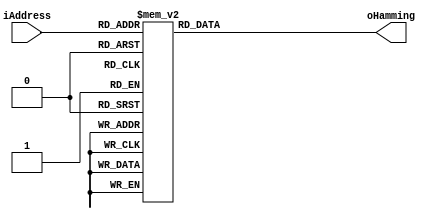
// Infer ROM storage for a hamming window
module hammingrom (
    input      [9:0]  iAddress,
    output reg [15:0] oHamming
);

always @ (iAddress)
begin
    case (iAddress)
        10'h00: oHamming = 16'h28f;
        10'h01: oHamming = 16'h28f;
        10'h02: oHamming = 16'h28f;
        10'h03: oHamming = 16'h28f;
        10'h04: oHamming = 16'h290;
        10'h05: oHamming = 16'h291;
        10'h06: oHamming = 16'h291;
        10'h07: oHamming = 16'h292;
        10'h08: oHamming = 16'h293;
        10'h09: oHamming = 16'h295;
        10'h0a: oHamming = 16'h296;
        10'h0b: oHamming = 16'h297;
        10'h0c: oHamming = 16'h299;
        10'h0d: oHamming = 16'h29b;
        10'h0e: oHamming = 16'h29d;
        10'h0f: oHamming = 16'h29f;
        10'h10: oHamming = 16'h2a1;
        10'h11: oHamming = 16'h2a3;
        10'h12: oHamming = 16'h2a6;
        10'h13: oHamming = 16'h2a8;
        10'h14: oHamming = 16'h2ab;
        10'h15: oHamming = 16'h2ae;
        10'h16: oHamming = 16'h2b1;
        10'h17: oHamming = 16'h2b4;
        10'h18: oHamming = 16'h2b8;
        10'h19: oHamming = 16'h2bb;
        10'h1a: oHamming = 16'h2bf;
        10'h1b: oHamming = 16'h2c3;
        10'h1c: oHamming = 16'h2c6;
        10'h1d: oHamming = 16'h2ca;
        10'h1e: oHamming = 16'h2cf;
        10'h1f: oHamming = 16'h2d3;
        10'h20: oHamming = 16'h2d7;
        10'h21: oHamming = 16'h2dc;
        10'h22: oHamming = 16'h2e1;
        10'h23: oHamming = 16'h2e6;
        10'h24: oHamming = 16'h2eb;
        10'h25: oHamming = 16'h2f0;
        10'h26: oHamming = 16'h2f5;
        10'h27: oHamming = 16'h2fa;
        10'h28: oHamming = 16'h300;
        10'h29: oHamming = 16'h306;
        10'h2a: oHamming = 16'h30c;
        10'h2b: oHamming = 16'h312;
        10'h2c: oHamming = 16'h318;
        10'h2d: oHamming = 16'h31e;
        10'h2e: oHamming = 16'h324;
        10'h2f: oHamming = 16'h32b;
        10'h30: oHamming = 16'h331;
        10'h31: oHamming = 16'h338;
        10'h32: oHamming = 16'h33f;
        10'h33: oHamming = 16'h346;
        10'h34: oHamming = 16'h34d;
        10'h35: oHamming = 16'h355;
        10'h36: oHamming = 16'h35c;
        10'h37: oHamming = 16'h364;
        10'h38: oHamming = 16'h36c;
        10'h39: oHamming = 16'h373;
        10'h3a: oHamming = 16'h37b;
        10'h3b: oHamming = 16'h384;
        10'h3c: oHamming = 16'h38c;
        10'h3d: oHamming = 16'h394;
        10'h3e: oHamming = 16'h39d;
        10'h3f: oHamming = 16'h3a5;
        10'h40: oHamming = 16'h3ae;
        10'h41: oHamming = 16'h3b7;
        10'h42: oHamming = 16'h3c0;
        10'h43: oHamming = 16'h3c9;
        10'h44: oHamming = 16'h3d3;
        10'h45: oHamming = 16'h3dc;
        10'h46: oHamming = 16'h3e6;
        10'h47: oHamming = 16'h3f0;
        10'h48: oHamming = 16'h3f9;
        10'h49: oHamming = 16'h403;
        10'h4a: oHamming = 16'h40d;
        10'h4b: oHamming = 16'h418;
        10'h4c: oHamming = 16'h422;
        10'h4d: oHamming = 16'h42c;
        10'h4e: oHamming = 16'h437;
        10'h4f: oHamming = 16'h442;
        10'h50: oHamming = 16'h44d;
        10'h51: oHamming = 16'h458;
        10'h52: oHamming = 16'h463;
        10'h53: oHamming = 16'h46e;
        10'h54: oHamming = 16'h479;
        10'h55: oHamming = 16'h485;
        10'h56: oHamming = 16'h490;
        10'h57: oHamming = 16'h49c;
        10'h58: oHamming = 16'h4a8;
        10'h59: oHamming = 16'h4b4;
        10'h5a: oHamming = 16'h4c0;
        10'h5b: oHamming = 16'h4cc;
        10'h5c: oHamming = 16'h4d9;
        10'h5d: oHamming = 16'h4e5;
        10'h5e: oHamming = 16'h4f2;
        10'h5f: oHamming = 16'h4fe;
        10'h60: oHamming = 16'h50b;
        10'h61: oHamming = 16'h518;
        10'h62: oHamming = 16'h525;
        10'h63: oHamming = 16'h532;
        10'h64: oHamming = 16'h540;
        10'h65: oHamming = 16'h54d;
        10'h66: oHamming = 16'h55a;
        10'h67: oHamming = 16'h568;
        10'h68: oHamming = 16'h576;
        10'h69: oHamming = 16'h584;
        10'h6a: oHamming = 16'h592;
        10'h6b: oHamming = 16'h5a0;
        10'h6c: oHamming = 16'h5ae;
        10'h6d: oHamming = 16'h5bc;
        10'h6e: oHamming = 16'h5cb;
        10'h6f: oHamming = 16'h5d9;
        10'h70: oHamming = 16'h5e8;
        10'h71: oHamming = 16'h5f7;
        10'h72: oHamming = 16'h605;
        10'h73: oHamming = 16'h614;
        10'h74: oHamming = 16'h623;
        10'h75: oHamming = 16'h633;
        10'h76: oHamming = 16'h642;
        10'h77: oHamming = 16'h651;
        10'h78: oHamming = 16'h661;
        10'h79: oHamming = 16'h670;
        10'h7a: oHamming = 16'h680;
        10'h7b: oHamming = 16'h690;
        10'h7c: oHamming = 16'h6a0;
        10'h7d: oHamming = 16'h6b0;
        10'h7e: oHamming = 16'h6c0;
        10'h7f: oHamming = 16'h6d0;
        10'h80: oHamming = 16'h6e1;
        10'h81: oHamming = 16'h6f1;
        10'h82: oHamming = 16'h702;
        10'h83: oHamming = 16'h712;
        10'h84: oHamming = 16'h723;
        10'h85: oHamming = 16'h734;
        10'h86: oHamming = 16'h745;
        10'h87: oHamming = 16'h756;
        10'h88: oHamming = 16'h767;
        10'h89: oHamming = 16'h778;
        10'h8a: oHamming = 16'h789;
        10'h8b: oHamming = 16'h79b;
        10'h8c: oHamming = 16'h7ac;
        10'h8d: oHamming = 16'h7be;
        10'h8e: oHamming = 16'h7cf;
        10'h8f: oHamming = 16'h7e1;
        10'h90: oHamming = 16'h7f3;
        10'h91: oHamming = 16'h805;
        10'h92: oHamming = 16'h817;
        10'h93: oHamming = 16'h829;
        10'h94: oHamming = 16'h83b;
        10'h95: oHamming = 16'h84e;
        10'h96: oHamming = 16'h860;
        10'h97: oHamming = 16'h873;
        10'h98: oHamming = 16'h885;
        10'h99: oHamming = 16'h898;
        10'h9a: oHamming = 16'h8ab;
        10'h9b: oHamming = 16'h8bd;
        10'h9c: oHamming = 16'h8d0;
        10'h9d: oHamming = 16'h8e3;
        10'h9e: oHamming = 16'h8f6;
        10'h9f: oHamming = 16'h909;
        10'ha0: oHamming = 16'h91d;
        10'ha1: oHamming = 16'h930;
        10'ha2: oHamming = 16'h943;
        10'ha3: oHamming = 16'h957;
        10'ha4: oHamming = 16'h96a;
        10'ha5: oHamming = 16'h97e;
        10'ha6: oHamming = 16'h992;
        10'ha7: oHamming = 16'h9a5;
        10'ha8: oHamming = 16'h9b9;
        10'ha9: oHamming = 16'h9cd;
        10'haa: oHamming = 16'h9e1;
        10'hab: oHamming = 16'h9f5;
        10'hac: oHamming = 16'ha09;
        10'had: oHamming = 16'ha1d;
        10'hae: oHamming = 16'ha32;
        10'haf: oHamming = 16'ha46;
        10'hb0: oHamming = 16'ha5a;
        10'hb1: oHamming = 16'ha6f;
        10'hb2: oHamming = 16'ha83;
        10'hb3: oHamming = 16'ha98;
        10'hb4: oHamming = 16'haad;
        10'hb5: oHamming = 16'hac1;
        10'hb6: oHamming = 16'had6;
        10'hb7: oHamming = 16'haeb;
        10'hb8: oHamming = 16'hb00;
        10'hb9: oHamming = 16'hb15;
        10'hba: oHamming = 16'hb2a;
        10'hbb: oHamming = 16'hb3f;
        10'hbc: oHamming = 16'hb54;
        10'hbd: oHamming = 16'hb69;
        10'hbe: oHamming = 16'hb7e;
        10'hbf: oHamming = 16'hb94;
        10'hc0: oHamming = 16'hba9;
        10'hc1: oHamming = 16'hbbf;
        10'hc2: oHamming = 16'hbd4;
        10'hc3: oHamming = 16'hbea;
        10'hc4: oHamming = 16'hbff;
        10'hc5: oHamming = 16'hc15;
        10'hc6: oHamming = 16'hc2a;
        10'hc7: oHamming = 16'hc40;
        10'hc8: oHamming = 16'hc56;
        10'hc9: oHamming = 16'hc6c;
        10'hca: oHamming = 16'hc82;
        10'hcb: oHamming = 16'hc98;
        10'hcc: oHamming = 16'hcae;
        10'hcd: oHamming = 16'hcc4;
        10'hce: oHamming = 16'hcda;
        10'hcf: oHamming = 16'hcf0;
        10'hd0: oHamming = 16'hd06;
        10'hd1: oHamming = 16'hd1c;
        10'hd2: oHamming = 16'hd32;
        10'hd3: oHamming = 16'hd48;
        10'hd4: oHamming = 16'hd5f;
        10'hd5: oHamming = 16'hd75;
        10'hd6: oHamming = 16'hd8b;
        10'hd7: oHamming = 16'hda2;
        10'hd8: oHamming = 16'hdb8;
        10'hd9: oHamming = 16'hdcf;
        10'hda: oHamming = 16'hde5;
        10'hdb: oHamming = 16'hdfc;
        10'hdc: oHamming = 16'he12;
        10'hdd: oHamming = 16'he29;
        10'hde: oHamming = 16'he40;
        10'hdf: oHamming = 16'he56;
        10'he0: oHamming = 16'he6d;
        10'he1: oHamming = 16'he84;
        10'he2: oHamming = 16'he9a;
        10'he3: oHamming = 16'heb1;
        10'he4: oHamming = 16'hec8;
        10'he5: oHamming = 16'hedf;
        10'he6: oHamming = 16'hef6;
        10'he7: oHamming = 16'hf0d;
        10'he8: oHamming = 16'hf23;
        10'he9: oHamming = 16'hf3a;
        10'hea: oHamming = 16'hf51;
        10'heb: oHamming = 16'hf68;
        10'hec: oHamming = 16'hf7f;
        10'hed: oHamming = 16'hf96;
        10'hee: oHamming = 16'hfad;
        10'hef: oHamming = 16'hfc4;
        10'hf0: oHamming = 16'hfdb;
        10'hf1: oHamming = 16'hff2;
        10'hf2: oHamming = 16'h1009;
        10'hf3: oHamming = 16'h1020;
        10'hf4: oHamming = 16'h1037;
        10'hf5: oHamming = 16'h104f;
        10'hf6: oHamming = 16'h1066;
        10'hf7: oHamming = 16'h107d;
        10'hf8: oHamming = 16'h1094;
        10'hf9: oHamming = 16'h10ab;
        10'hfa: oHamming = 16'h10c2;
        10'hfb: oHamming = 16'h10d9;
        10'hfc: oHamming = 16'h10f0;
        10'hfd: oHamming = 16'h1108;
        10'hfe: oHamming = 16'h111f;
        10'hff: oHamming = 16'h1136;
        10'h100: oHamming = 16'h114d;
        10'h101: oHamming = 16'h1164;
        10'h102: oHamming = 16'h117b;
        10'h103: oHamming = 16'h1192;
        10'h104: oHamming = 16'h11aa;
        10'h105: oHamming = 16'h11c1;
        10'h106: oHamming = 16'h11d8;
        10'h107: oHamming = 16'h11ef;
        10'h108: oHamming = 16'h1206;
        10'h109: oHamming = 16'h121d;
        10'h10a: oHamming = 16'h1234;
        10'h10b: oHamming = 16'h124b;
        10'h10c: oHamming = 16'h1262;
        10'h10d: oHamming = 16'h127a;
        10'h10e: oHamming = 16'h1291;
        10'h10f: oHamming = 16'h12a8;
        10'h110: oHamming = 16'h12bf;
        10'h111: oHamming = 16'h12d6;
        10'h112: oHamming = 16'h12ed;
        10'h113: oHamming = 16'h1304;
        10'h114: oHamming = 16'h131b;
        10'h115: oHamming = 16'h1332;
        10'h116: oHamming = 16'h1349;
        10'h117: oHamming = 16'h135f;
        10'h118: oHamming = 16'h1376;
        10'h119: oHamming = 16'h138d;
        10'h11a: oHamming = 16'h13a4;
        10'h11b: oHamming = 16'h13bb;
        10'h11c: oHamming = 16'h13d2;
        10'h11d: oHamming = 16'h13e9;
        10'h11e: oHamming = 16'h13ff;
        10'h11f: oHamming = 16'h1416;
        10'h120: oHamming = 16'h142d;
        10'h121: oHamming = 16'h1443;
        10'h122: oHamming = 16'h145a;
        10'h123: oHamming = 16'h1471;
        10'h124: oHamming = 16'h1487;
        10'h125: oHamming = 16'h149e;
        10'h126: oHamming = 16'h14b4;
        10'h127: oHamming = 16'h14cb;
        10'h128: oHamming = 16'h14e1;
        10'h129: oHamming = 16'h14f8;
        10'h12a: oHamming = 16'h150e;
        10'h12b: oHamming = 16'h1524;
        10'h12c: oHamming = 16'h153b;
        10'h12d: oHamming = 16'h1551;
        10'h12e: oHamming = 16'h1567;
        10'h12f: oHamming = 16'h157d;
        10'h130: oHamming = 16'h1594;
        10'h131: oHamming = 16'h15aa;
        10'h132: oHamming = 16'h15c0;
        10'h133: oHamming = 16'h15d6;
        10'h134: oHamming = 16'h15ec;
        10'h135: oHamming = 16'h1602;
        10'h136: oHamming = 16'h1618;
        10'h137: oHamming = 16'h162e;
        10'h138: oHamming = 16'h1643;
        10'h139: oHamming = 16'h1659;
        10'h13a: oHamming = 16'h166f;
        10'h13b: oHamming = 16'h1684;
        10'h13c: oHamming = 16'h169a;
        10'h13d: oHamming = 16'h16b0;
        10'h13e: oHamming = 16'h16c5;
        10'h13f: oHamming = 16'h16db;
        10'h140: oHamming = 16'h16f0;
        10'h141: oHamming = 16'h1705;
        10'h142: oHamming = 16'h171b;
        10'h143: oHamming = 16'h1730;
        10'h144: oHamming = 16'h1745;
        10'h145: oHamming = 16'h175a;
        10'h146: oHamming = 16'h176f;
        10'h147: oHamming = 16'h1784;
        10'h148: oHamming = 16'h1799;
        10'h149: oHamming = 16'h17ae;
        10'h14a: oHamming = 16'h17c3;
        10'h14b: oHamming = 16'h17d7;
        10'h14c: oHamming = 16'h17ec;
        10'h14d: oHamming = 16'h1801;
        10'h14e: oHamming = 16'h1815;
        10'h14f: oHamming = 16'h182a;
        10'h150: oHamming = 16'h183e;
        10'h151: oHamming = 16'h1853;
        10'h152: oHamming = 16'h1867;
        10'h153: oHamming = 16'h187b;
        10'h154: oHamming = 16'h188f;
        10'h155: oHamming = 16'h18a3;
        10'h156: oHamming = 16'h18b7;
        10'h157: oHamming = 16'h18cb;
        10'h158: oHamming = 16'h18df;
        10'h159: oHamming = 16'h18f3;
        10'h15a: oHamming = 16'h1907;
        10'h15b: oHamming = 16'h191a;
        10'h15c: oHamming = 16'h192e;
        10'h15d: oHamming = 16'h1941;
        10'h15e: oHamming = 16'h1955;
        10'h15f: oHamming = 16'h1968;
        10'h160: oHamming = 16'h197b;
        10'h161: oHamming = 16'h198f;
        10'h162: oHamming = 16'h19a2;
        10'h163: oHamming = 16'h19b5;
        10'h164: oHamming = 16'h19c8;
        10'h165: oHamming = 16'h19da;
        10'h166: oHamming = 16'h19ed;
        10'h167: oHamming = 16'h1a00;
        10'h168: oHamming = 16'h1a12;
        10'h169: oHamming = 16'h1a25;
        10'h16a: oHamming = 16'h1a37;
        10'h16b: oHamming = 16'h1a4a;
        10'h16c: oHamming = 16'h1a5c;
        10'h16d: oHamming = 16'h1a6e;
        10'h16e: oHamming = 16'h1a80;
        10'h16f: oHamming = 16'h1a92;
        10'h170: oHamming = 16'h1aa4;
        10'h171: oHamming = 16'h1ab6;
        10'h172: oHamming = 16'h1ac8;
        10'h173: oHamming = 16'h1ad9;
        10'h174: oHamming = 16'h1aeb;
        10'h175: oHamming = 16'h1afc;
        10'h176: oHamming = 16'h1b0e;
        10'h177: oHamming = 16'h1b1f;
        10'h178: oHamming = 16'h1b30;
        10'h179: oHamming = 16'h1b41;
        10'h17a: oHamming = 16'h1b52;
        10'h17b: oHamming = 16'h1b63;
        10'h17c: oHamming = 16'h1b74;
        10'h17d: oHamming = 16'h1b84;
        10'h17e: oHamming = 16'h1b95;
        10'h17f: oHamming = 16'h1ba6;
        10'h180: oHamming = 16'h1bb6;
        10'h181: oHamming = 16'h1bc6;
        10'h182: oHamming = 16'h1bd6;
        10'h183: oHamming = 16'h1be6;
        10'h184: oHamming = 16'h1bf6;
        10'h185: oHamming = 16'h1c06;
        10'h186: oHamming = 16'h1c16;
        10'h187: oHamming = 16'h1c26;
        10'h188: oHamming = 16'h1c35;
        10'h189: oHamming = 16'h1c45;
        10'h18a: oHamming = 16'h1c54;
        10'h18b: oHamming = 16'h1c63;
        10'h18c: oHamming = 16'h1c72;
        10'h18d: oHamming = 16'h1c81;
        10'h18e: oHamming = 16'h1c90;
        10'h18f: oHamming = 16'h1c9f;
        10'h190: oHamming = 16'h1cae;
        10'h191: oHamming = 16'h1cbc;
        10'h192: oHamming = 16'h1ccb;
        10'h193: oHamming = 16'h1cd9;
        10'h194: oHamming = 16'h1ce8;
        10'h195: oHamming = 16'h1cf6;
        10'h196: oHamming = 16'h1d04;
        10'h197: oHamming = 16'h1d12;
        10'h198: oHamming = 16'h1d1f;
        10'h199: oHamming = 16'h1d2d;
        10'h19a: oHamming = 16'h1d3b;
        10'h19b: oHamming = 16'h1d48;
        10'h19c: oHamming = 16'h1d55;
        10'h19d: oHamming = 16'h1d63;
        10'h19e: oHamming = 16'h1d70;
        10'h19f: oHamming = 16'h1d7d;
        10'h1a0: oHamming = 16'h1d8a;
        10'h1a1: oHamming = 16'h1d96;
        10'h1a2: oHamming = 16'h1da3;
        10'h1a3: oHamming = 16'h1db0;
        10'h1a4: oHamming = 16'h1dbc;
        10'h1a5: oHamming = 16'h1dc8;
        10'h1a6: oHamming = 16'h1dd4;
        10'h1a7: oHamming = 16'h1de0;
        10'h1a8: oHamming = 16'h1dec;
        10'h1a9: oHamming = 16'h1df8;
        10'h1aa: oHamming = 16'h1e04;
        10'h1ab: oHamming = 16'h1e0f;
        10'h1ac: oHamming = 16'h1e1b;
        10'h1ad: oHamming = 16'h1e26;
        10'h1ae: oHamming = 16'h1e31;
        10'h1af: oHamming = 16'h1e3c;
        10'h1b0: oHamming = 16'h1e47;
        10'h1b1: oHamming = 16'h1e52;
        10'h1b2: oHamming = 16'h1e5d;
        10'h1b3: oHamming = 16'h1e67;
        10'h1b4: oHamming = 16'h1e72;
        10'h1b5: oHamming = 16'h1e7c;
        10'h1b6: oHamming = 16'h1e86;
        10'h1b7: oHamming = 16'h1e90;
        10'h1b8: oHamming = 16'h1e9a;
        10'h1b9: oHamming = 16'h1ea4;
        10'h1ba: oHamming = 16'h1ead;
        10'h1bb: oHamming = 16'h1eb7;
        10'h1bc: oHamming = 16'h1ec0;
        10'h1bd: oHamming = 16'h1eca;
        10'h1be: oHamming = 16'h1ed3;
        10'h1bf: oHamming = 16'h1edc;
        10'h1c0: oHamming = 16'h1ee5;
        10'h1c1: oHamming = 16'h1eed;
        10'h1c2: oHamming = 16'h1ef6;
        10'h1c3: oHamming = 16'h1efe;
        10'h1c4: oHamming = 16'h1f07;
        10'h1c5: oHamming = 16'h1f0f;
        10'h1c6: oHamming = 16'h1f17;
        10'h1c7: oHamming = 16'h1f1f;
        10'h1c8: oHamming = 16'h1f27;
        10'h1c9: oHamming = 16'h1f2e;
        10'h1ca: oHamming = 16'h1f36;
        10'h1cb: oHamming = 16'h1f3d;
        10'h1cc: oHamming = 16'h1f45;
        10'h1cd: oHamming = 16'h1f4c;
        10'h1ce: oHamming = 16'h1f53;
        10'h1cf: oHamming = 16'h1f5a;
        10'h1d0: oHamming = 16'h1f60;
        10'h1d1: oHamming = 16'h1f67;
        10'h1d2: oHamming = 16'h1f6d;
        10'h1d3: oHamming = 16'h1f74;
        10'h1d4: oHamming = 16'h1f7a;
        10'h1d5: oHamming = 16'h1f80;
        10'h1d6: oHamming = 16'h1f86;
        10'h1d7: oHamming = 16'h1f8c;
        10'h1d8: oHamming = 16'h1f91;
        10'h1d9: oHamming = 16'h1f97;
        10'h1da: oHamming = 16'h1f9c;
        10'h1db: oHamming = 16'h1fa1;
        10'h1dc: oHamming = 16'h1fa6;
        10'h1dd: oHamming = 16'h1fab;
        10'h1de: oHamming = 16'h1fb0;
        10'h1df: oHamming = 16'h1fb5;
        10'h1e0: oHamming = 16'h1fb9;
        10'h1e1: oHamming = 16'h1fbe;
        10'h1e2: oHamming = 16'h1fc2;
        10'h1e3: oHamming = 16'h1fc6;
        10'h1e4: oHamming = 16'h1fca;
        10'h1e5: oHamming = 16'h1fce;
        10'h1e6: oHamming = 16'h1fd1;
        10'h1e7: oHamming = 16'h1fd5;
        10'h1e8: oHamming = 16'h1fd8;
        10'h1e9: oHamming = 16'h1fdc;
        10'h1ea: oHamming = 16'h1fdf;
        10'h1eb: oHamming = 16'h1fe2;
        10'h1ec: oHamming = 16'h1fe5;
        10'h1ed: oHamming = 16'h1fe7;
        10'h1ee: oHamming = 16'h1fea;
        10'h1ef: oHamming = 16'h1fec;
        10'h1f0: oHamming = 16'h1fee;
        10'h1f1: oHamming = 16'h1ff1;
        10'h1f2: oHamming = 16'h1ff3;
        10'h1f3: oHamming = 16'h1ff4;
        10'h1f4: oHamming = 16'h1ff6;
        10'h1f5: oHamming = 16'h1ff8;
        10'h1f6: oHamming = 16'h1ff9;
        10'h1f7: oHamming = 16'h1ffa;
        10'h1f8: oHamming = 16'h1ffc;
        10'h1f9: oHamming = 16'h1ffc;
        10'h1fa: oHamming = 16'h1ffd;
        10'h1fb: oHamming = 16'h1ffe;
        10'h1fc: oHamming = 16'h1fff;
        10'h1fd: oHamming = 16'h1fff;
        10'h1fe: oHamming = 16'h1fff;
        10'h1ff: oHamming = 16'h1fff;
        10'h200: oHamming = 16'h1fff;
        10'h201: oHamming = 16'h1fff;
        10'h202: oHamming = 16'h1fff;
        10'h203: oHamming = 16'h1fff;
        10'h204: oHamming = 16'h1ffe;
        10'h205: oHamming = 16'h1ffd;
        10'h206: oHamming = 16'h1ffc;
        10'h207: oHamming = 16'h1ffc;
        10'h208: oHamming = 16'h1ffa;
        10'h209: oHamming = 16'h1ff9;
        10'h20a: oHamming = 16'h1ff8;
        10'h20b: oHamming = 16'h1ff6;
        10'h20c: oHamming = 16'h1ff4;
        10'h20d: oHamming = 16'h1ff3;
        10'h20e: oHamming = 16'h1ff1;
        10'h20f: oHamming = 16'h1fee;
        10'h210: oHamming = 16'h1fec;
        10'h211: oHamming = 16'h1fea;
        10'h212: oHamming = 16'h1fe7;
        10'h213: oHamming = 16'h1fe5;
        10'h214: oHamming = 16'h1fe2;
        10'h215: oHamming = 16'h1fdf;
        10'h216: oHamming = 16'h1fdc;
        10'h217: oHamming = 16'h1fd8;
        10'h218: oHamming = 16'h1fd5;
        10'h219: oHamming = 16'h1fd1;
        10'h21a: oHamming = 16'h1fce;
        10'h21b: oHamming = 16'h1fca;
        10'h21c: oHamming = 16'h1fc6;
        10'h21d: oHamming = 16'h1fc2;
        10'h21e: oHamming = 16'h1fbe;
        10'h21f: oHamming = 16'h1fb9;
        10'h220: oHamming = 16'h1fb5;
        10'h221: oHamming = 16'h1fb0;
        10'h222: oHamming = 16'h1fab;
        10'h223: oHamming = 16'h1fa6;
        10'h224: oHamming = 16'h1fa1;
        10'h225: oHamming = 16'h1f9c;
        10'h226: oHamming = 16'h1f97;
        10'h227: oHamming = 16'h1f91;
        10'h228: oHamming = 16'h1f8c;
        10'h229: oHamming = 16'h1f86;
        10'h22a: oHamming = 16'h1f80;
        10'h22b: oHamming = 16'h1f7a;
        10'h22c: oHamming = 16'h1f74;
        10'h22d: oHamming = 16'h1f6d;
        10'h22e: oHamming = 16'h1f67;
        10'h22f: oHamming = 16'h1f60;
        10'h230: oHamming = 16'h1f5a;
        10'h231: oHamming = 16'h1f53;
        10'h232: oHamming = 16'h1f4c;
        10'h233: oHamming = 16'h1f45;
        10'h234: oHamming = 16'h1f3d;
        10'h235: oHamming = 16'h1f36;
        10'h236: oHamming = 16'h1f2e;
        10'h237: oHamming = 16'h1f27;
        10'h238: oHamming = 16'h1f1f;
        10'h239: oHamming = 16'h1f17;
        10'h23a: oHamming = 16'h1f0f;
        10'h23b: oHamming = 16'h1f07;
        10'h23c: oHamming = 16'h1efe;
        10'h23d: oHamming = 16'h1ef6;
        10'h23e: oHamming = 16'h1eed;
        10'h23f: oHamming = 16'h1ee5;
        10'h240: oHamming = 16'h1edc;
        10'h241: oHamming = 16'h1ed3;
        10'h242: oHamming = 16'h1eca;
        10'h243: oHamming = 16'h1ec0;
        10'h244: oHamming = 16'h1eb7;
        10'h245: oHamming = 16'h1ead;
        10'h246: oHamming = 16'h1ea4;
        10'h247: oHamming = 16'h1e9a;
        10'h248: oHamming = 16'h1e90;
        10'h249: oHamming = 16'h1e86;
        10'h24a: oHamming = 16'h1e7c;
        10'h24b: oHamming = 16'h1e72;
        10'h24c: oHamming = 16'h1e67;
        10'h24d: oHamming = 16'h1e5d;
        10'h24e: oHamming = 16'h1e52;
        10'h24f: oHamming = 16'h1e47;
        10'h250: oHamming = 16'h1e3c;
        10'h251: oHamming = 16'h1e31;
        10'h252: oHamming = 16'h1e26;
        10'h253: oHamming = 16'h1e1b;
        10'h254: oHamming = 16'h1e0f;
        10'h255: oHamming = 16'h1e04;
        10'h256: oHamming = 16'h1df8;
        10'h257: oHamming = 16'h1dec;
        10'h258: oHamming = 16'h1de0;
        10'h259: oHamming = 16'h1dd4;
        10'h25a: oHamming = 16'h1dc8;
        10'h25b: oHamming = 16'h1dbc;
        10'h25c: oHamming = 16'h1db0;
        10'h25d: oHamming = 16'h1da3;
        10'h25e: oHamming = 16'h1d96;
        10'h25f: oHamming = 16'h1d8a;
        10'h260: oHamming = 16'h1d7d;
        10'h261: oHamming = 16'h1d70;
        10'h262: oHamming = 16'h1d63;
        10'h263: oHamming = 16'h1d55;
        10'h264: oHamming = 16'h1d48;
        10'h265: oHamming = 16'h1d3b;
        10'h266: oHamming = 16'h1d2d;
        10'h267: oHamming = 16'h1d1f;
        10'h268: oHamming = 16'h1d12;
        10'h269: oHamming = 16'h1d04;
        10'h26a: oHamming = 16'h1cf6;
        10'h26b: oHamming = 16'h1ce8;
        10'h26c: oHamming = 16'h1cd9;
        10'h26d: oHamming = 16'h1ccb;
        10'h26e: oHamming = 16'h1cbc;
        10'h26f: oHamming = 16'h1cae;
        10'h270: oHamming = 16'h1c9f;
        10'h271: oHamming = 16'h1c90;
        10'h272: oHamming = 16'h1c81;
        10'h273: oHamming = 16'h1c72;
        10'h274: oHamming = 16'h1c63;
        10'h275: oHamming = 16'h1c54;
        10'h276: oHamming = 16'h1c45;
        10'h277: oHamming = 16'h1c35;
        10'h278: oHamming = 16'h1c26;
        10'h279: oHamming = 16'h1c16;
        10'h27a: oHamming = 16'h1c06;
        10'h27b: oHamming = 16'h1bf6;
        10'h27c: oHamming = 16'h1be6;
        10'h27d: oHamming = 16'h1bd6;
        10'h27e: oHamming = 16'h1bc6;
        10'h27f: oHamming = 16'h1bb6;
        10'h280: oHamming = 16'h1ba6;
        10'h281: oHamming = 16'h1b95;
        10'h282: oHamming = 16'h1b84;
        10'h283: oHamming = 16'h1b74;
        10'h284: oHamming = 16'h1b63;
        10'h285: oHamming = 16'h1b52;
        10'h286: oHamming = 16'h1b41;
        10'h287: oHamming = 16'h1b30;
        10'h288: oHamming = 16'h1b1f;
        10'h289: oHamming = 16'h1b0e;
        10'h28a: oHamming = 16'h1afc;
        10'h28b: oHamming = 16'h1aeb;
        10'h28c: oHamming = 16'h1ad9;
        10'h28d: oHamming = 16'h1ac8;
        10'h28e: oHamming = 16'h1ab6;
        10'h28f: oHamming = 16'h1aa4;
        10'h290: oHamming = 16'h1a92;
        10'h291: oHamming = 16'h1a80;
        10'h292: oHamming = 16'h1a6e;
        10'h293: oHamming = 16'h1a5c;
        10'h294: oHamming = 16'h1a4a;
        10'h295: oHamming = 16'h1a37;
        10'h296: oHamming = 16'h1a25;
        10'h297: oHamming = 16'h1a12;
        10'h298: oHamming = 16'h1a00;
        10'h299: oHamming = 16'h19ed;
        10'h29a: oHamming = 16'h19da;
        10'h29b: oHamming = 16'h19c8;
        10'h29c: oHamming = 16'h19b5;
        10'h29d: oHamming = 16'h19a2;
        10'h29e: oHamming = 16'h198f;
        10'h29f: oHamming = 16'h197b;
        10'h2a0: oHamming = 16'h1968;
        10'h2a1: oHamming = 16'h1955;
        10'h2a2: oHamming = 16'h1941;
        10'h2a3: oHamming = 16'h192e;
        10'h2a4: oHamming = 16'h191a;
        10'h2a5: oHamming = 16'h1907;
        10'h2a6: oHamming = 16'h18f3;
        10'h2a7: oHamming = 16'h18df;
        10'h2a8: oHamming = 16'h18cb;
        10'h2a9: oHamming = 16'h18b7;
        10'h2aa: oHamming = 16'h18a3;
        10'h2ab: oHamming = 16'h188f;
        10'h2ac: oHamming = 16'h187b;
        10'h2ad: oHamming = 16'h1867;
        10'h2ae: oHamming = 16'h1853;
        10'h2af: oHamming = 16'h183e;
        10'h2b0: oHamming = 16'h182a;
        10'h2b1: oHamming = 16'h1815;
        10'h2b2: oHamming = 16'h1801;
        10'h2b3: oHamming = 16'h17ec;
        10'h2b4: oHamming = 16'h17d7;
        10'h2b5: oHamming = 16'h17c3;
        10'h2b6: oHamming = 16'h17ae;
        10'h2b7: oHamming = 16'h1799;
        10'h2b8: oHamming = 16'h1784;
        10'h2b9: oHamming = 16'h176f;
        10'h2ba: oHamming = 16'h175a;
        10'h2bb: oHamming = 16'h1745;
        10'h2bc: oHamming = 16'h1730;
        10'h2bd: oHamming = 16'h171b;
        10'h2be: oHamming = 16'h1705;
        10'h2bf: oHamming = 16'h16f0;
        10'h2c0: oHamming = 16'h16db;
        10'h2c1: oHamming = 16'h16c5;
        10'h2c2: oHamming = 16'h16b0;
        10'h2c3: oHamming = 16'h169a;
        10'h2c4: oHamming = 16'h1684;
        10'h2c5: oHamming = 16'h166f;
        10'h2c6: oHamming = 16'h1659;
        10'h2c7: oHamming = 16'h1643;
        10'h2c8: oHamming = 16'h162e;
        10'h2c9: oHamming = 16'h1618;
        10'h2ca: oHamming = 16'h1602;
        10'h2cb: oHamming = 16'h15ec;
        10'h2cc: oHamming = 16'h15d6;
        10'h2cd: oHamming = 16'h15c0;
        10'h2ce: oHamming = 16'h15aa;
        10'h2cf: oHamming = 16'h1594;
        10'h2d0: oHamming = 16'h157d;
        10'h2d1: oHamming = 16'h1567;
        10'h2d2: oHamming = 16'h1551;
        10'h2d3: oHamming = 16'h153b;
        10'h2d4: oHamming = 16'h1524;
        10'h2d5: oHamming = 16'h150e;
        10'h2d6: oHamming = 16'h14f8;
        10'h2d7: oHamming = 16'h14e1;
        10'h2d8: oHamming = 16'h14cb;
        10'h2d9: oHamming = 16'h14b4;
        10'h2da: oHamming = 16'h149e;
        10'h2db: oHamming = 16'h1487;
        10'h2dc: oHamming = 16'h1471;
        10'h2dd: oHamming = 16'h145a;
        10'h2de: oHamming = 16'h1443;
        10'h2df: oHamming = 16'h142d;
        10'h2e0: oHamming = 16'h1416;
        10'h2e1: oHamming = 16'h13ff;
        10'h2e2: oHamming = 16'h13e9;
        10'h2e3: oHamming = 16'h13d2;
        10'h2e4: oHamming = 16'h13bb;
        10'h2e5: oHamming = 16'h13a4;
        10'h2e6: oHamming = 16'h138d;
        10'h2e7: oHamming = 16'h1376;
        10'h2e8: oHamming = 16'h135f;
        10'h2e9: oHamming = 16'h1349;
        10'h2ea: oHamming = 16'h1332;
        10'h2eb: oHamming = 16'h131b;
        10'h2ec: oHamming = 16'h1304;
        10'h2ed: oHamming = 16'h12ed;
        10'h2ee: oHamming = 16'h12d6;
        10'h2ef: oHamming = 16'h12bf;
        10'h2f0: oHamming = 16'h12a8;
        10'h2f1: oHamming = 16'h1291;
        10'h2f2: oHamming = 16'h127a;
        10'h2f3: oHamming = 16'h1262;
        10'h2f4: oHamming = 16'h124b;
        10'h2f5: oHamming = 16'h1234;
        10'h2f6: oHamming = 16'h121d;
        10'h2f7: oHamming = 16'h1206;
        10'h2f8: oHamming = 16'h11ef;
        10'h2f9: oHamming = 16'h11d8;
        10'h2fa: oHamming = 16'h11c1;
        10'h2fb: oHamming = 16'h11aa;
        10'h2fc: oHamming = 16'h1192;
        10'h2fd: oHamming = 16'h117b;
        10'h2fe: oHamming = 16'h1164;
        10'h2ff: oHamming = 16'h114d;
        10'h300: oHamming = 16'h1136;
        10'h301: oHamming = 16'h111f;
        10'h302: oHamming = 16'h1108;
        10'h303: oHamming = 16'h10f0;
        10'h304: oHamming = 16'h10d9;
        10'h305: oHamming = 16'h10c2;
        10'h306: oHamming = 16'h10ab;
        10'h307: oHamming = 16'h1094;
        10'h308: oHamming = 16'h107d;
        10'h309: oHamming = 16'h1066;
        10'h30a: oHamming = 16'h104f;
        10'h30b: oHamming = 16'h1037;
        10'h30c: oHamming = 16'h1020;
        10'h30d: oHamming = 16'h1009;
        10'h30e: oHamming = 16'hff2;
        10'h30f: oHamming = 16'hfdb;
        10'h310: oHamming = 16'hfc4;
        10'h311: oHamming = 16'hfad;
        10'h312: oHamming = 16'hf96;
        10'h313: oHamming = 16'hf7f;
        10'h314: oHamming = 16'hf68;
        10'h315: oHamming = 16'hf51;
        10'h316: oHamming = 16'hf3a;
        10'h317: oHamming = 16'hf23;
        10'h318: oHamming = 16'hf0d;
        10'h319: oHamming = 16'hef6;
        10'h31a: oHamming = 16'hedf;
        10'h31b: oHamming = 16'hec8;
        10'h31c: oHamming = 16'heb1;
        10'h31d: oHamming = 16'he9a;
        10'h31e: oHamming = 16'he84;
        10'h31f: oHamming = 16'he6d;
        10'h320: oHamming = 16'he56;
        10'h321: oHamming = 16'he40;
        10'h322: oHamming = 16'he29;
        10'h323: oHamming = 16'he12;
        10'h324: oHamming = 16'hdfc;
        10'h325: oHamming = 16'hde5;
        10'h326: oHamming = 16'hdcf;
        10'h327: oHamming = 16'hdb8;
        10'h328: oHamming = 16'hda2;
        10'h329: oHamming = 16'hd8b;
        10'h32a: oHamming = 16'hd75;
        10'h32b: oHamming = 16'hd5f;
        10'h32c: oHamming = 16'hd48;
        10'h32d: oHamming = 16'hd32;
        10'h32e: oHamming = 16'hd1c;
        10'h32f: oHamming = 16'hd06;
        10'h330: oHamming = 16'hcf0;
        10'h331: oHamming = 16'hcda;
        10'h332: oHamming = 16'hcc4;
        10'h333: oHamming = 16'hcae;
        10'h334: oHamming = 16'hc98;
        10'h335: oHamming = 16'hc82;
        10'h336: oHamming = 16'hc6c;
        10'h337: oHamming = 16'hc56;
        10'h338: oHamming = 16'hc40;
        10'h339: oHamming = 16'hc2a;
        10'h33a: oHamming = 16'hc15;
        10'h33b: oHamming = 16'hbff;
        10'h33c: oHamming = 16'hbea;
        10'h33d: oHamming = 16'hbd4;
        10'h33e: oHamming = 16'hbbf;
        10'h33f: oHamming = 16'hba9;
        10'h340: oHamming = 16'hb94;
        10'h341: oHamming = 16'hb7e;
        10'h342: oHamming = 16'hb69;
        10'h343: oHamming = 16'hb54;
        10'h344: oHamming = 16'hb3f;
        10'h345: oHamming = 16'hb2a;
        10'h346: oHamming = 16'hb15;
        10'h347: oHamming = 16'hb00;
        10'h348: oHamming = 16'haeb;
        10'h349: oHamming = 16'had6;
        10'h34a: oHamming = 16'hac1;
        10'h34b: oHamming = 16'haad;
        10'h34c: oHamming = 16'ha98;
        10'h34d: oHamming = 16'ha83;
        10'h34e: oHamming = 16'ha6f;
        10'h34f: oHamming = 16'ha5a;
        10'h350: oHamming = 16'ha46;
        10'h351: oHamming = 16'ha32;
        10'h352: oHamming = 16'ha1d;
        10'h353: oHamming = 16'ha09;
        10'h354: oHamming = 16'h9f5;
        10'h355: oHamming = 16'h9e1;
        10'h356: oHamming = 16'h9cd;
        10'h357: oHamming = 16'h9b9;
        10'h358: oHamming = 16'h9a5;
        10'h359: oHamming = 16'h992;
        10'h35a: oHamming = 16'h97e;
        10'h35b: oHamming = 16'h96a;
        10'h35c: oHamming = 16'h957;
        10'h35d: oHamming = 16'h943;
        10'h35e: oHamming = 16'h930;
        10'h35f: oHamming = 16'h91d;
        10'h360: oHamming = 16'h909;
        10'h361: oHamming = 16'h8f6;
        10'h362: oHamming = 16'h8e3;
        10'h363: oHamming = 16'h8d0;
        10'h364: oHamming = 16'h8bd;
        10'h365: oHamming = 16'h8ab;
        10'h366: oHamming = 16'h898;
        10'h367: oHamming = 16'h885;
        10'h368: oHamming = 16'h873;
        10'h369: oHamming = 16'h860;
        10'h36a: oHamming = 16'h84e;
        10'h36b: oHamming = 16'h83b;
        10'h36c: oHamming = 16'h829;
        10'h36d: oHamming = 16'h817;
        10'h36e: oHamming = 16'h805;
        10'h36f: oHamming = 16'h7f3;
        10'h370: oHamming = 16'h7e1;
        10'h371: oHamming = 16'h7cf;
        10'h372: oHamming = 16'h7be;
        10'h373: oHamming = 16'h7ac;
        10'h374: oHamming = 16'h79b;
        10'h375: oHamming = 16'h789;
        10'h376: oHamming = 16'h778;
        10'h377: oHamming = 16'h767;
        10'h378: oHamming = 16'h756;
        10'h379: oHamming = 16'h745;
        10'h37a: oHamming = 16'h734;
        10'h37b: oHamming = 16'h723;
        10'h37c: oHamming = 16'h712;
        10'h37d: oHamming = 16'h702;
        10'h37e: oHamming = 16'h6f1;
        10'h37f: oHamming = 16'h6e1;
        10'h380: oHamming = 16'h6d0;
        10'h381: oHamming = 16'h6c0;
        10'h382: oHamming = 16'h6b0;
        10'h383: oHamming = 16'h6a0;
        10'h384: oHamming = 16'h690;
        10'h385: oHamming = 16'h680;
        10'h386: oHamming = 16'h670;
        10'h387: oHamming = 16'h661;
        10'h388: oHamming = 16'h651;
        10'h389: oHamming = 16'h642;
        10'h38a: oHamming = 16'h633;
        10'h38b: oHamming = 16'h623;
        10'h38c: oHamming = 16'h614;
        10'h38d: oHamming = 16'h605;
        10'h38e: oHamming = 16'h5f7;
        10'h38f: oHamming = 16'h5e8;
        10'h390: oHamming = 16'h5d9;
        10'h391: oHamming = 16'h5cb;
        10'h392: oHamming = 16'h5bc;
        10'h393: oHamming = 16'h5ae;
        10'h394: oHamming = 16'h5a0;
        10'h395: oHamming = 16'h592;
        10'h396: oHamming = 16'h584;
        10'h397: oHamming = 16'h576;
        10'h398: oHamming = 16'h568;
        10'h399: oHamming = 16'h55a;
        10'h39a: oHamming = 16'h54d;
        10'h39b: oHamming = 16'h540;
        10'h39c: oHamming = 16'h532;
        10'h39d: oHamming = 16'h525;
        10'h39e: oHamming = 16'h518;
        10'h39f: oHamming = 16'h50b;
        10'h3a0: oHamming = 16'h4fe;
        10'h3a1: oHamming = 16'h4f2;
        10'h3a2: oHamming = 16'h4e5;
        10'h3a3: oHamming = 16'h4d9;
        10'h3a4: oHamming = 16'h4cc;
        10'h3a5: oHamming = 16'h4c0;
        10'h3a6: oHamming = 16'h4b4;
        10'h3a7: oHamming = 16'h4a8;
        10'h3a8: oHamming = 16'h49c;
        10'h3a9: oHamming = 16'h490;
        10'h3aa: oHamming = 16'h485;
        10'h3ab: oHamming = 16'h479;
        10'h3ac: oHamming = 16'h46e;
        10'h3ad: oHamming = 16'h463;
        10'h3ae: oHamming = 16'h458;
        10'h3af: oHamming = 16'h44d;
        10'h3b0: oHamming = 16'h442;
        10'h3b1: oHamming = 16'h437;
        10'h3b2: oHamming = 16'h42c;
        10'h3b3: oHamming = 16'h422;
        10'h3b4: oHamming = 16'h418;
        10'h3b5: oHamming = 16'h40d;
        10'h3b6: oHamming = 16'h403;
        10'h3b7: oHamming = 16'h3f9;
        10'h3b8: oHamming = 16'h3f0;
        10'h3b9: oHamming = 16'h3e6;
        10'h3ba: oHamming = 16'h3dc;
        10'h3bb: oHamming = 16'h3d3;
        10'h3bc: oHamming = 16'h3c9;
        10'h3bd: oHamming = 16'h3c0;
        10'h3be: oHamming = 16'h3b7;
        10'h3bf: oHamming = 16'h3ae;
        10'h3c0: oHamming = 16'h3a5;
        10'h3c1: oHamming = 16'h39d;
        10'h3c2: oHamming = 16'h394;
        10'h3c3: oHamming = 16'h38c;
        10'h3c4: oHamming = 16'h384;
        10'h3c5: oHamming = 16'h37b;
        10'h3c6: oHamming = 16'h373;
        10'h3c7: oHamming = 16'h36c;
        10'h3c8: oHamming = 16'h364;
        10'h3c9: oHamming = 16'h35c;
        10'h3ca: oHamming = 16'h355;
        10'h3cb: oHamming = 16'h34d;
        10'h3cc: oHamming = 16'h346;
        10'h3cd: oHamming = 16'h33f;
        10'h3ce: oHamming = 16'h338;
        10'h3cf: oHamming = 16'h331;
        10'h3d0: oHamming = 16'h32b;
        10'h3d1: oHamming = 16'h324;
        10'h3d2: oHamming = 16'h31e;
        10'h3d3: oHamming = 16'h318;
        10'h3d4: oHamming = 16'h312;
        10'h3d5: oHamming = 16'h30c;
        10'h3d6: oHamming = 16'h306;
        10'h3d7: oHamming = 16'h300;
        10'h3d8: oHamming = 16'h2fa;
        10'h3d9: oHamming = 16'h2f5;
        10'h3da: oHamming = 16'h2f0;
        10'h3db: oHamming = 16'h2eb;
        10'h3dc: oHamming = 16'h2e6;
        10'h3dd: oHamming = 16'h2e1;
        10'h3de: oHamming = 16'h2dc;
        10'h3df: oHamming = 16'h2d7;
        10'h3e0: oHamming = 16'h2d3;
        10'h3e1: oHamming = 16'h2cf;
        10'h3e2: oHamming = 16'h2ca;
        10'h3e3: oHamming = 16'h2c6;
        10'h3e4: oHamming = 16'h2c3;
        10'h3e5: oHamming = 16'h2bf;
        10'h3e6: oHamming = 16'h2bb;
        10'h3e7: oHamming = 16'h2b8;
        10'h3e8: oHamming = 16'h2b4;
        10'h3e9: oHamming = 16'h2b1;
        10'h3ea: oHamming = 16'h2ae;
        10'h3eb: oHamming = 16'h2ab;
        10'h3ec: oHamming = 16'h2a8;
        10'h3ed: oHamming = 16'h2a6;
        10'h3ee: oHamming = 16'h2a3;
        10'h3ef: oHamming = 16'h2a1;
        10'h3f0: oHamming = 16'h29f;
        10'h3f1: oHamming = 16'h29d;
        10'h3f2: oHamming = 16'h29b;
        10'h3f3: oHamming = 16'h299;
        10'h3f4: oHamming = 16'h297;
        10'h3f5: oHamming = 16'h296;
        10'h3f6: oHamming = 16'h295;
        10'h3f7: oHamming = 16'h293;
        10'h3f8: oHamming = 16'h292;
        10'h3f9: oHamming = 16'h291;
        10'h3fa: oHamming = 16'h291;
        10'h3fb: oHamming = 16'h290;
        10'h3fc: oHamming = 16'h28f;
        10'h3fd: oHamming = 16'h28f;
        10'h3fe: oHamming = 16'h28f;
        10'h3ff: oHamming = 16'h28f;
    endcase
end

endmodule